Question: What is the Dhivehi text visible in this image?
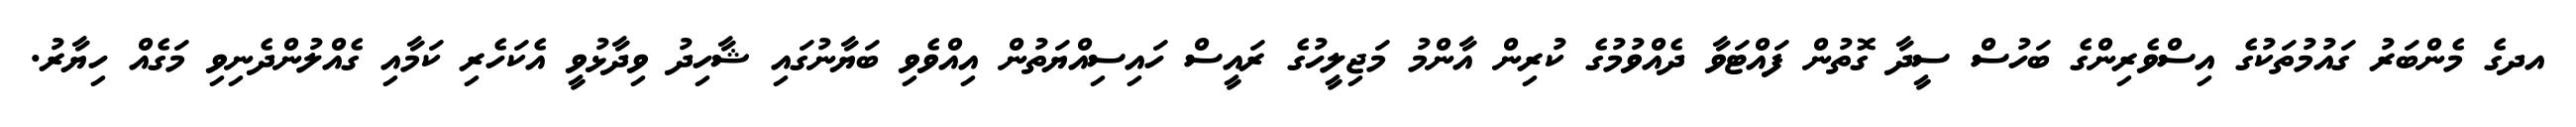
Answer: އދގެ މެންބަރު ގައުމުތަކުގެ އިސްވެރިންގެ ބަހުސް ސީދާ ގޮތުން ފައްޓަވާ ދެއްވުމުގެ ކުރިން އާންމު މަޖިލީހުގެ ރައީސް ހައިސިއްޔަތުން އިއްވެވި ބަޔާނުގައި ޝާހިދު ވިދާޅުވީ އެކަހެރި ކަމާއި ގެއްލުންދެނިވި މަގެއް ހިޔާރު.